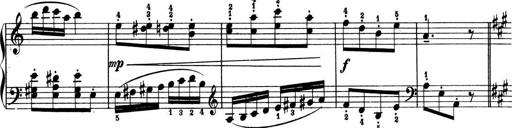
Title: 2 Sonatinen
Composer: Lambertus Adrianus van Tetterode